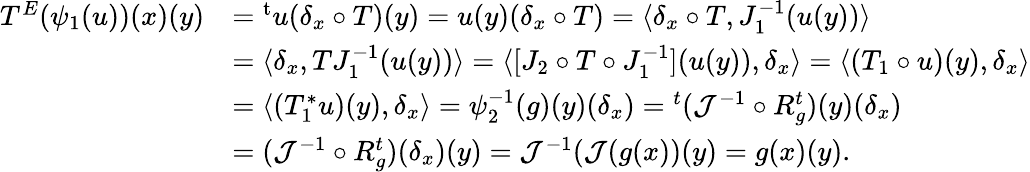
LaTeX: \begin{array}{rl}{T^{E}(\psi_{1}(u))(x)(y)}&{={^{\mathrm{t}}u}(\delta_{x}\circ T)(y)=u(y)(\delta_{x}\circ T)=\langle\delta_{x}\circ T,J_{1}^{-1}(u(y))\rangle}\\ &{=\langle\delta_{x},TJ_{1}^{-1}(u(y))\rangle=\langle[J_{2}\circ T\circ J_{1}^{-1}](u(y)),\delta_{x}\rangle=\langle(T_{1}\circ u)(y),\delta_{x}\rangle}\\ &{=\langle(T_{1}^{\ast}u)(y),\delta_{x}\rangle=\psi_{2}^{-1}(g)(y)(\delta_{x})={^{t}(\mathcal{J}^{-1}\circ R_{g}^{t})}(y)(\delta_{x})}\\ &{=(\mathcal{J}^{-1}\circ R_{g}^{t})(\delta_{x})(y)=\mathcal{J}^{-1}(\mathcal{J}(g(x))(y)=g(x)(y).}\end{array}